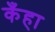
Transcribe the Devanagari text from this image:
कँहा